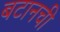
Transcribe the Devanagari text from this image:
बटानची